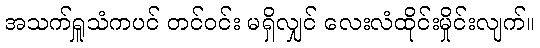
အသက်ရှူသံကပင် တင်ဝင်း မရှိလျှင် လေးလံထိုင်းမှိုင်းလျက်။